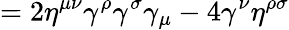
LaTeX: =2\eta^{\mu\nu}\gamma^{\rho}\gamma^{\sigma}\gamma_{\mu}-4\gamma^{\nu}\eta^{\rho\sigma}